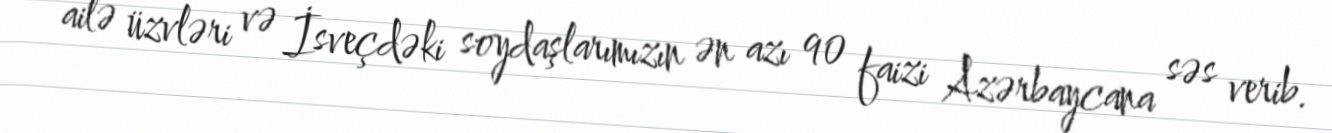
ailə üzvləri və İsveçdəki soydaşlarımızın ən azı 90 faizi Azərbaycana səs verib.